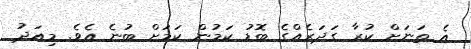
އެ ތަނަށް ކުރާ ގަދަރެއްގެ ބޮޑު ކަމުން ކަމަށް ބުނެ އެވެ. މިއަދު